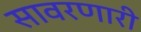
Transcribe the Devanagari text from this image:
सावरणारी